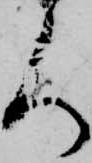
人